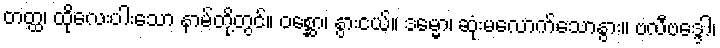
တတ္ထ၊ ထိုလေးပါးသော နာမ်တို့တွင်။ ဝစ္ဆော၊ နွားငယ်။ ဒမ္မော၊ ဆုံးမလောက်သောနွား။ ဗလီဗဒ္ဒေါ၊